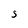
Character: S